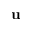
\mathbf { u }